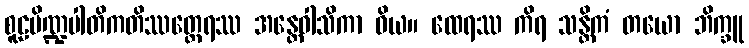
စူဠပိဏ္ဍပါတိကတိဿတ္ထေရဿ အန္တေဝါသိကာ ဝိယ။ ထေရဿ ကိရ သန္တိကံ တယော ဘိက္ခူ